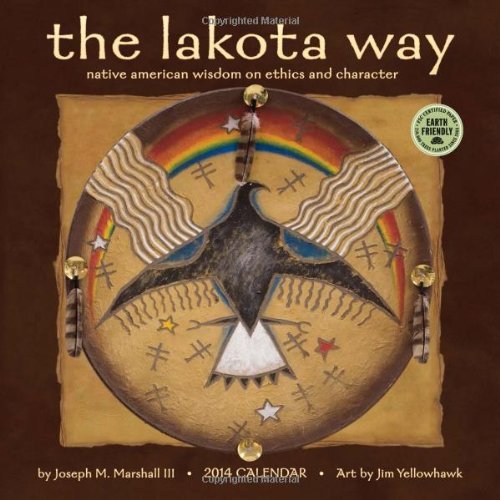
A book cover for By Joe Marshall Lakota Way: Native American Wisdom on Ethics and Character 2014 Wall Calendar (Wall) [Calendar]; Calendars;